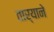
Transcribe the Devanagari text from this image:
तार्‍याने